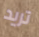
تريد